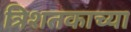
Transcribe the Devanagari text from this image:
त्रिशतकाच्या